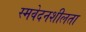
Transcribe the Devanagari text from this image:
स्मवेदनशीलता